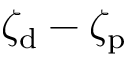
\zeta _ { \mathrm { d } } - \zeta _ { \mathrm { p } }